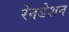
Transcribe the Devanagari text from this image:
रेनडेशन